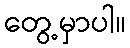
တွေ့မှာပါ။